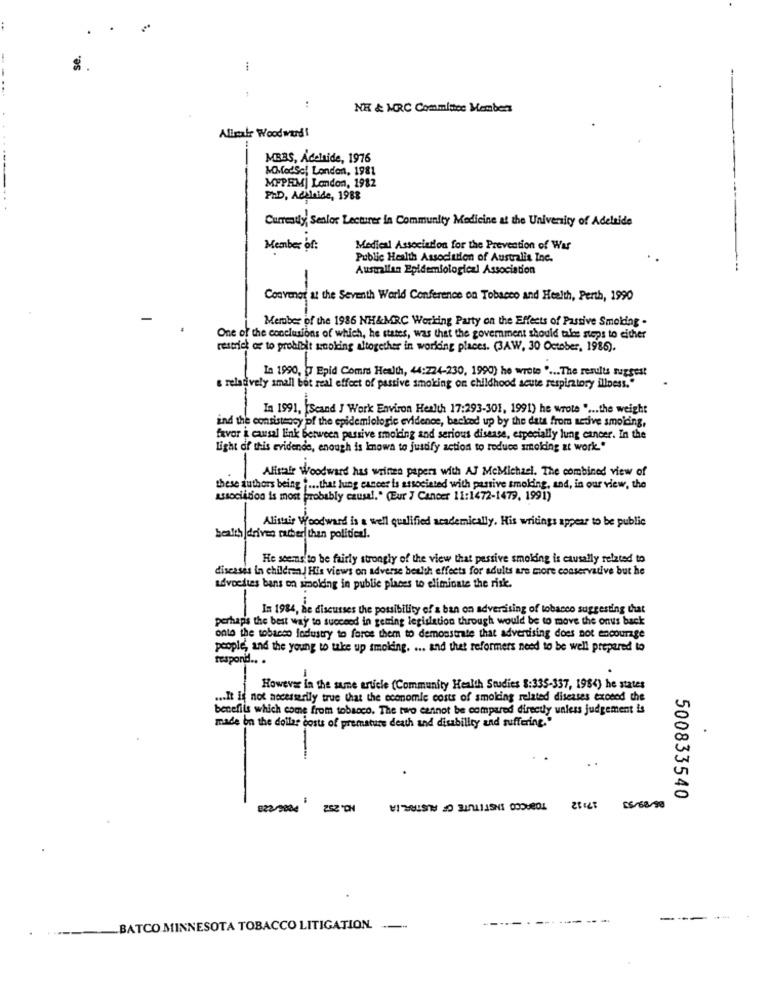
se.
:
NK & MRC Committee Members
Alinale Wood ward I
MBBS, Adelaide, 1976
MModsof London, 1981
MFPEM| London, 1982
PHD, Addride, 1988
Currently, Senior Lecturer in Community Medicine at the University of Adelaide
Member of:
Medical Association for the Prevention of War
Public Health Association of Australia Inc.
Australian Epidemiologiczl Association
-
Convenor at the Seventh World Conference on Tobacco and Health, Perth, 1990
Member of the 1986 NH&MRC Working Party on the Effects of Passive Smoking .
One of the conclusions of which, he states, was that the government should tales steps to either
restrict of to prohibit stoking altogether in working places. (3AW, 30 October, 1986).
In 1990, 7 Epid Comms Health, 44:224-230, 1990) he wrote " ... The results suggest
& relatively small bot real effect of passive smoking on childhood acute respiratory illness."
In 1991, [Scand ] Work Environ Health 17:293-301, 1991) he wrote .... the weight
ind the consistency of the epidemiologic evidence, backed up by the data from active smoiding,
favor a causal link Between passive smoking and serious disease, especially lung cancer. In the
Light of this evidende, enough is known to justify action to reduce smoking at work."
Afinal Woodward has writen papers with AJ McMichael. The combined view of
these authors being .... that lung cancer is associated with passive smoking, and, in our view, the
association is most probably causal." (Eur J Cancer 11:1472-1479, 1991)
Alistair Woodward is a well qualified academically. His writings appear to be public
health |drives rather than political.
He seems to be fairly strongly of the view that pessive smoking is causally related to
diseases in children! His views on adverse health effects for adults are more conservative but he
advocates bans on simolding in public places to eliminate the risk.
In 1984, de discusses the possibility of's ban on advertising of tobacco suggesting that
perhapis the best way to succeed in geming legislation through would be to move the onus back
onto the tobacco industry to force them to demonstrate that advertising does not encourage
people, and the young to take up smolding. ... and thet reformers need to be well prepared to
respond .. .
However In the same article (Community Health Studies 8:335-337, 1984) he states
... It is not necessarily true that the economic costs of smoking related diseases exceed the
benefits which come from tobacco. The two cannot be compared directly unless judgement is
made on the dollar costs of premature death and disability and suffering."
.
TOBACCO INSTITUTE OF AUSTRALIA
500833540
822/2004
05/68/90
BATCO MINNESOTA TOBACCO LITIGATION. ---